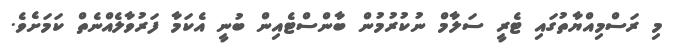
މި ރަސްމިއްޔާތުގައި ޓެރީ ސަލާމް ނުކުރުމުން ބާންސްޓެއިން ބުނީ އެކަމާ ފަރުވާލެއްނެތް ކަމަށެވެ.